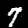
Digit: 7